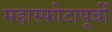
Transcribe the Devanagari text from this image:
महास्फोटापूर्वी